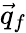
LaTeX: \vec{q}_{f}